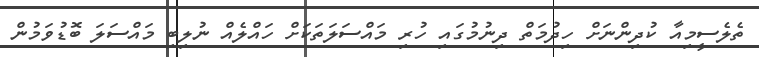
ތެލެސީމިއާ ކުދިންނަށް ހިދުމަތް ދިނުމުގައި ހުރި މައްސަލަތަކަށް ހައްލެއް ނުލިބި މައްސަލަ ބޮޑުވަމުން